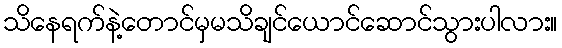
သိနေရက်နဲ့တောင်မှမသိချင်ယောင်ဆောင်သွားပါလား။